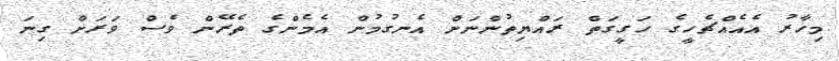
މިހާރު އެއެއްޗެހީގެ ހަގީގަތް ރައްޔިތުންނަށް އެނގުމުން އެމެންގެ ތެރޭން ވެސް ވަރަށް ގިނަ